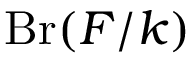
\operatorname { B r } ( F / k )